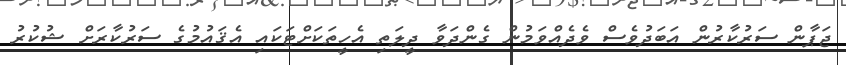
ޖަޕާން ސަރުކާރުން އަބަދުވެސް ވެދެއްވަމުން ގެންދަވާ ދީލަތި އެހީތަކަށްޓަކައި އެޤައުމުގެ ސަރުކާރަށް ޝުކުރު